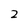
Character: 2